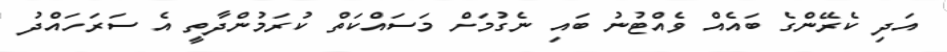
އަދި ކެރޭންގެ ބައެއް ވެއްޓުނު ބައި ނެގުމަށް މަސައްކަތް ކުރަމުންދާތީ އެ ސަރަހައްދު